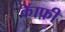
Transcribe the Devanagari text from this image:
कॅाफ़ी